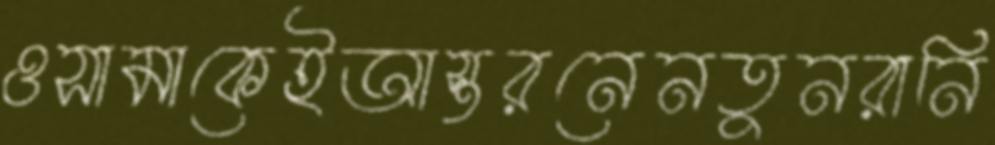
ওসামাকেইআস্তরনেনতুনরানি